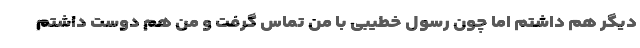
دیگر هم داشتم اما چون رسول خطیبی با من تماس گرفت و من هم دوست داشتم